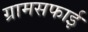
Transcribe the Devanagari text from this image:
ग्रामसफाई